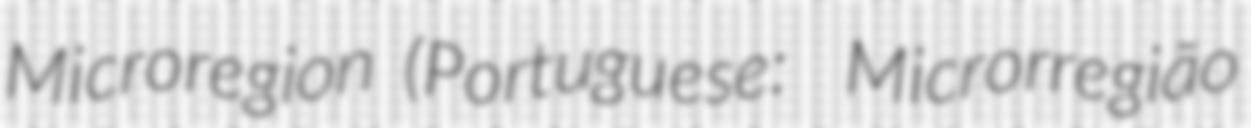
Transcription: Microregion (Portuguese:  Microrregião